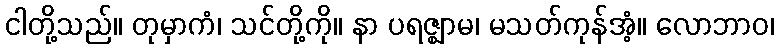
ငါတို့သည်။ တုမှာကံ၊ သင်တို့ကို။ နာ ပရဇ္ဈာမ၊ မသတ်ကုန်အံ့။ လောဘာဝ၊